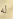
له